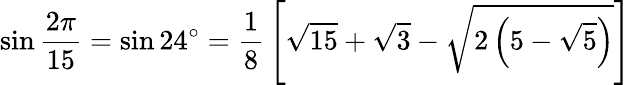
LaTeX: \sin{\frac{2\pi}{15}}=\sin 24^{\circ}={\frac{1}{8}}\left[{\sqrt{15}}+{\sqrt{3}}-{\sqrt{2\left(5-{\sqrt{5}}\right)}}\right]